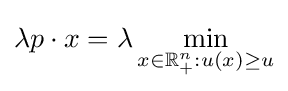
\lambda p\cdot x=\lambda \min _{x\in \mathbb {R} _{+}^{n}:u(x)\geq u}